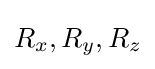
R_{x},R_{y},R_{z}